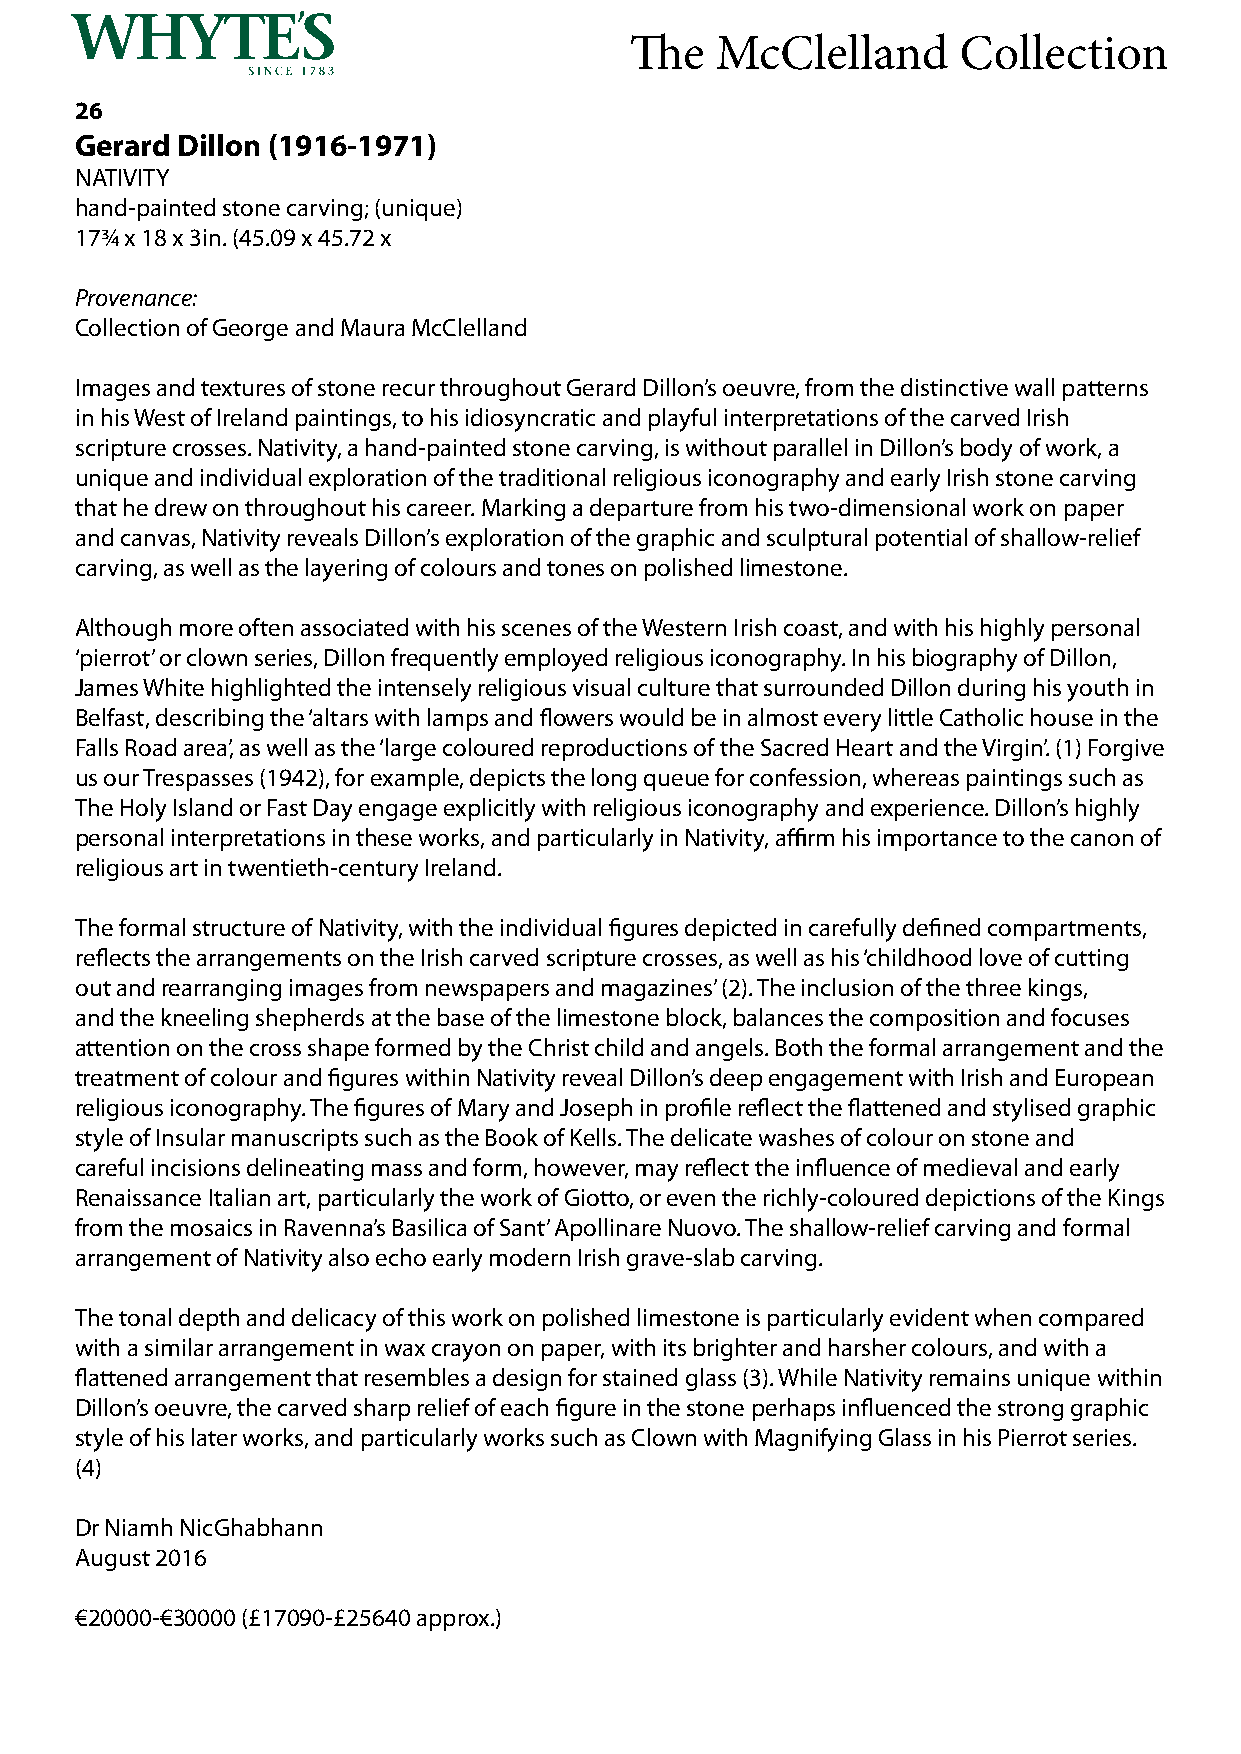
The  McClelland      Collection
 26
 Gerard Dillon (1916-1971)
 NATIVITY
 hand-painted stone carving; (unique)
 17¾ x 18 x 3in. (45.09 x 45.72 x
 Provenance:
 Collection of George and Maura McClelland
 Images and textures of stone recur throughout Gerard Dillon’s oeuvre, from the distinctive wall patterns
 in his West of Ireland paintings, to his idiosyncratic and playful interpretations of the carved Irish
 scripture crosses. Nativity, a hand-painted stone carving, is without parallel in Dillon’s body of work, a
 unique and individual exploration of the traditional religious iconography and early Irish stone carving
 that he drew on throughout his career. Marking a departure from his two-dimensional work on paper
 and canvas, Nativity reveals Dillon’s exploration of the graphic and sculptural potential of shallow-relief
 carving, as well as the layering of colours and tones on polished limestone.
 Although more often associated with his scenes of the Western Irish coast, and with his highly personal
 ‘pierrot’ or clown series, Dillon frequently employed religious iconography. In his biography of Dillon,
 James White highlighted the intensely religious visual culture that surrounded Dillon during his youth in
 Belfast, describing the ‘altars with lamps and flowers would be in almost every little Catholic house in the
 Falls Road area’, as well as the ‘large coloured reproductions of the Sacred Heart and the Virgin’. (1) Forgive
 us our Trespasses (1942), for example, depicts the long queue for confession, whereas paintings such as
 The Holy Island or Fast Day engage explicitly with religious iconography and experience. Dillon’s highly
 personal interpretations in these works, and particularly in Nativity, affirm his importance to the canon of
 religious art in twentieth-century Ireland.
 The formal structure of Nativity, with the individual figures depicted in carefully defined compartments,
 reflects the arrangements on the Irish carved scripture crosses, as well as his ‘childhood love of cutting
 out and rearranging images from newspapers and magazines’ (2). The inclusion of the three kings,
 and the kneeling shepherds at the base of the limestone block, balances the composition and focuses
 attention on the cross shape formed by the Christ child and angels. Both the formal arrangement and the
 treatment of colour and figures within Nativity reveal Dillon’s deep engagement with Irish and European
 religious iconography. The figures of Mary and Joseph in profile reflect the flattened and stylised graphic
 style of Insular manuscripts such as the Book of Kells. The delicate washes of colour on stone and
 careful incisions delineating mass and form, however, may reflect the influence of medieval and early
 Renaissance Italian art, particularly the work of Giotto, or even the richly-coloured depictions of the Kings
 from the mosaics in Ravenna’s Basilica of Sant’ Apollinare Nuovo. The shallow-relief carving and formal
 arrangement of Nativity also echo early modern Irish grave-slab carving.
 The tonal depth and delicacy of this work on polished limestone is particularly evident when compared
 with a similar arrangement in wax crayon on paper, with its brighter and harsher colours, and with a
 flattened arrangement that resembles a design for stained glass (3). While Nativity remains unique within
 Dillon’s oeuvre, the carved sharp relief of each figure in the stone perhaps influenced the strong graphic
 style of his later works, and particularly works such as Clown with Magnifying Glass in his Pierrot series.
 (4)
 Dr Niamh NicGhabhann
 August 2016
 €20000-€30000 (£17090-£25640 approx.)